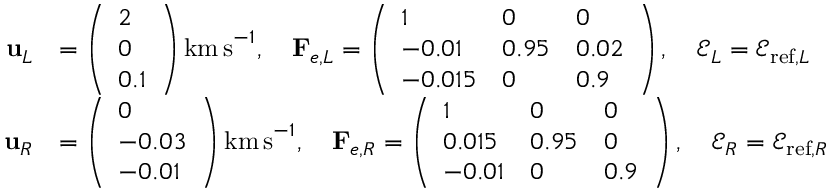
\begin{array} { r l } { \mathbf { u } _ { L } } & { = \left( \begin{array} { l } { 2 } \\ { 0 } \\ { 0 . 1 } \end{array} \right) \mathrm { k m \, s } ^ { - 1 } , \quad \mathbf { F } _ { e , L } = \left( \begin{array} { l l l } { 1 } & { 0 } & { 0 } \\ { - 0 . 0 1 } & { 0 . 9 5 } & { 0 . 0 2 } \\ { - 0 . 0 1 5 } & { 0 } & { 0 . 9 } \end{array} \right) , \quad \mathscr { E } _ { L } = \mathscr { E } _ { \mathrm { r e f } , L } } \\ { \mathbf { u } _ { R } } & { = \left( \begin{array} { l } { 0 } \\ { - 0 . 0 3 } \\ { - 0 . 0 1 } \end{array} \right) \mathrm { k m \, s } ^ { - 1 } , \quad \mathbf { F } _ { e , R } = \left( \begin{array} { l l l } { 1 } & { 0 } & { 0 } \\ { 0 . 0 1 5 } & { 0 . 9 5 } & { 0 } \\ { - 0 . 0 1 } & { 0 } & { 0 . 9 } \end{array} \right) , \quad \mathscr { E } _ { R } = \mathscr { E } _ { \mathrm { r e f } , R } } \end{array}